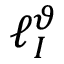
\ell _ { I } ^ { \vartheta }